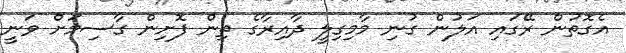
އެގޮތުން ރޭގައި އަލުން ގުނި މާމިގިލީ ދާއިރާގެ ތިން ފޮށިން ގާސިމަށް ވަނީ